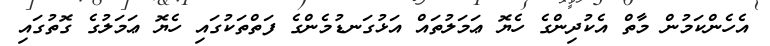
އެހެންކަމުން މާތް އެކުދިންގެ ހެޔޮ ޢަމަލުތައް އަޅުގަނޑުމެންގެ ފަތްތަކުގައި ހެޔޮ ޢަމަލުގެ ގޮތުގައި